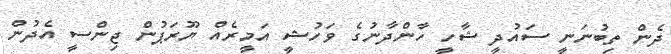
ދެން ތިބުނަނީ ސައުދީ ޝާހީ ހާންދާނުގެ ވަހުޝީ އަމީރެއް ޔޫރަޕުން ޖިންސީ އެދުން